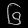
Digit: ၆